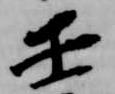
壬